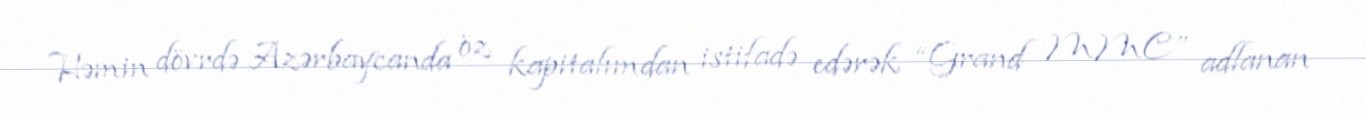
Həmin dövrdə Azərbaycanda öz kapitalımdan istifadə edərək “Grand MMC” adlanan